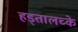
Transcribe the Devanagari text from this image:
हड्तालच्के